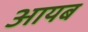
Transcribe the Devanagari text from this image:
आयब